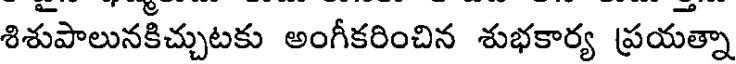
శిశుపాలునకిచ్చుటకు అంగీకరించిన శుభకార్య ప్రయత్నా